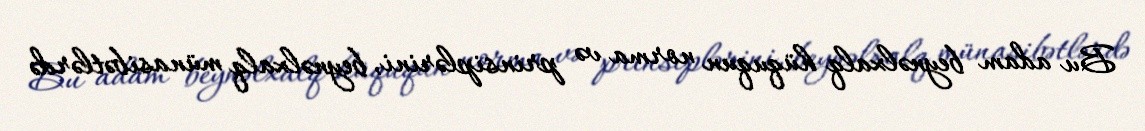
Bu adam beynəlxalq hüququn norma və prinsiplərini, beynəlxalq münasibətlərdə